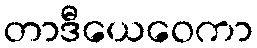
တာဒီယေဝေကာ